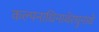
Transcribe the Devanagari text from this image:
कल्पनाधिनाथेरघुनाथे